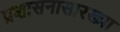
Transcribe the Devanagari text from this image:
प्रशासनासारख्या